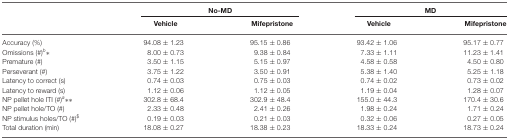
<table><thead><tr><td></td><td colspan="2"><b>No-MD</b></td><td colspan="2"><b>MD</b></td></tr><tr><td></td><td><b>Vehicle</b></td><td><b>Mifepristone</b></td><td><b>Vehicle</b></td><td><b>Mifepristone</b></td></tr></thead><tbody><tr><td>Accuracy (%)</td><td>94.08 ± 1.23</td><td>95.15 ± 0.86</td><td>93.42 ± 1.06</td><td>95.17 ± 0.77</td></tr><tr><td>Omissions (#)<sup>b</sup>*</td><td>8.00 ± 0.73</td><td>9.38 ± 0.84</td><td>7.33 ± 1.11</td><td>11.23 ± 1.41</td></tr><tr><td>Premature (#)</td><td>3.50 ± 1.15</td><td>5.15 ± 0.97</td><td>4.58 ± 0.58</td><td>4.50 ± 0.80</td></tr><tr><td>Perseverant (#)</td><td>3.75 ± 1.22</td><td>3.50 ± 0.91</td><td>5.38 ± 1.40</td><td>5.25 ± 1.18</td></tr><tr><td>Latency to correct (s)</td><td>0.74 ± 0.03</td><td>0.75 ± 0.03</td><td>0.74 ± 0.02</td><td>0.73 ± 0.02</td></tr><tr><td>Latency to reward (s)</td><td>1.12 ± 0.06</td><td>1.12 ± 0.05</td><td>1.19 ± 0.04</td><td>1.28 ± 0.07</td></tr><tr><td>NP pellet hole ITI (#)<sup>a</sup>**</td><td>302.8 ± 68.4</td><td>302.9 ± 48.4</td><td>155.0 ± 44.3</td><td>170.4 ± 30.6</td></tr><tr><td>NP pellet hole/TO (#)</td><td>2.33 ± 0.48</td><td>2.41 ± 0.26</td><td>1.98 ± 0.24</td><td>1.71 ± 0.24</td></tr><tr><td>NP stimulus holes/TO (#)<sup>$</sup></td><td>0.19 ± 0.03</td><td>0.21 ± 0.03</td><td>0.32 ± 0.06</td><td>0.27 ± 0.05</td></tr><tr><td>Total duration (min)</td><td>18.08 ± 0.27</td><td>18.38 ± 0.23</td><td>18.33 ± 0.24</td><td>18.73 ± 0.24</td></tr></tbody></table>